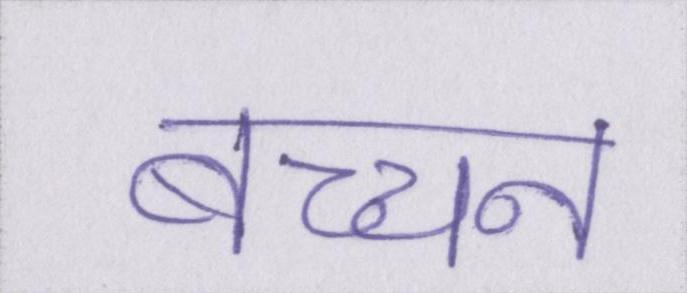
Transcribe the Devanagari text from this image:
बच्चन